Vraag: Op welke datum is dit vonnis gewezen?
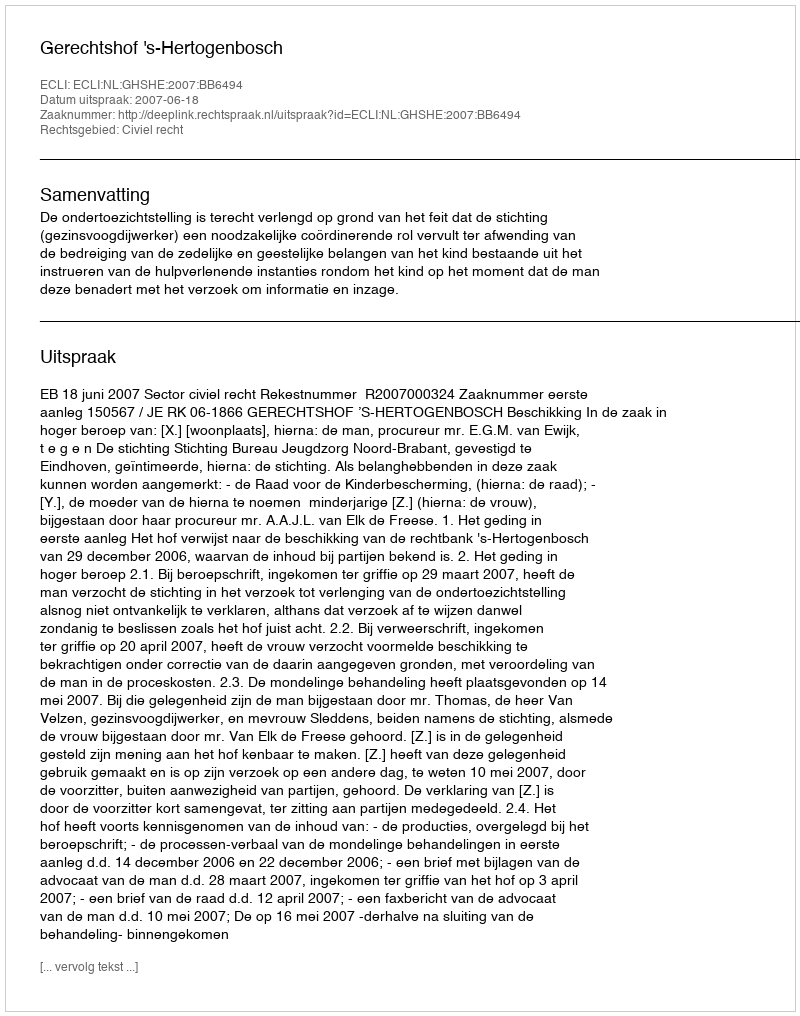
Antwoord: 2007-06-18